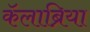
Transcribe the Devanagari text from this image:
कॅलाब्रिया